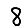
Digit: 8